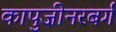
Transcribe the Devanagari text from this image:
कापुज़ीनरबर्ग